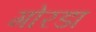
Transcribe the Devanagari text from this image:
गोरडा